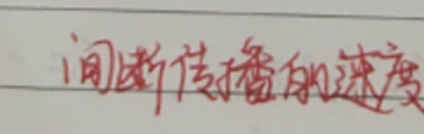
间断传播的速度